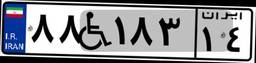
۸۸W۱۸۳۱۴